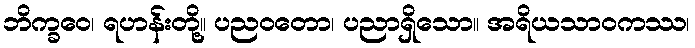
ဘိက္ခဝေ၊ ရဟန်းတို့။ ပညဝတော၊ ပညာရှိသော။ အရိယသာဝကဿ၊